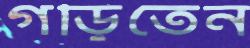
গড়িতেন